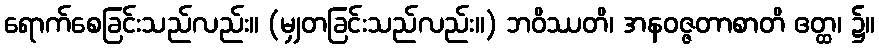
ရောက်စေခြင်းသည်လည်း။ (မျှတခြင်းသည်လည်း။) ဘဝိဿတိ၊ အနဝဇ္ဇတာစာတိ ဧတ္ထ၊ ၌။